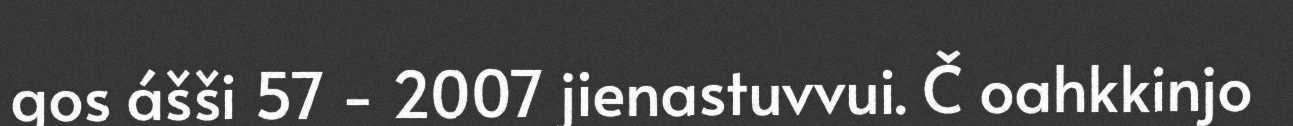
gos ášši 57 - 2007 jienastuvvui. Č oahkkinjo